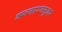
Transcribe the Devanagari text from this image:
मज्जारज्जूवर